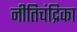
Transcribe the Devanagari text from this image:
नीतिचंद्रिका